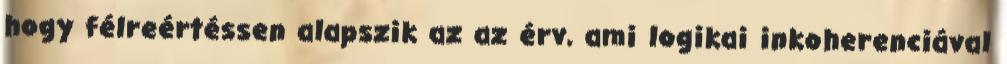
hogy félreértéssen alapszik az az érv, ami logikai inkoherenciával